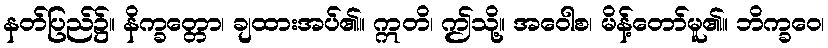
နတ်ပြည်၌။ နိက္ခတ္တော၊ ချထားအပ်၏။ ဣတိ၊ ဤသို့။ အဝေါစ၊ မိန့်တော်မူ၏။ ဘိက္ခဝေ၊